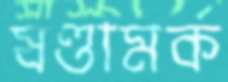
ষণ্ডামর্ক